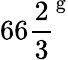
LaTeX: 66{\frac{2}{3}}^{\mathrm{g}}